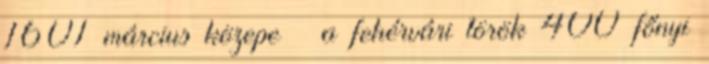
1601 március közepe – a fehérvári török 400 főnyi